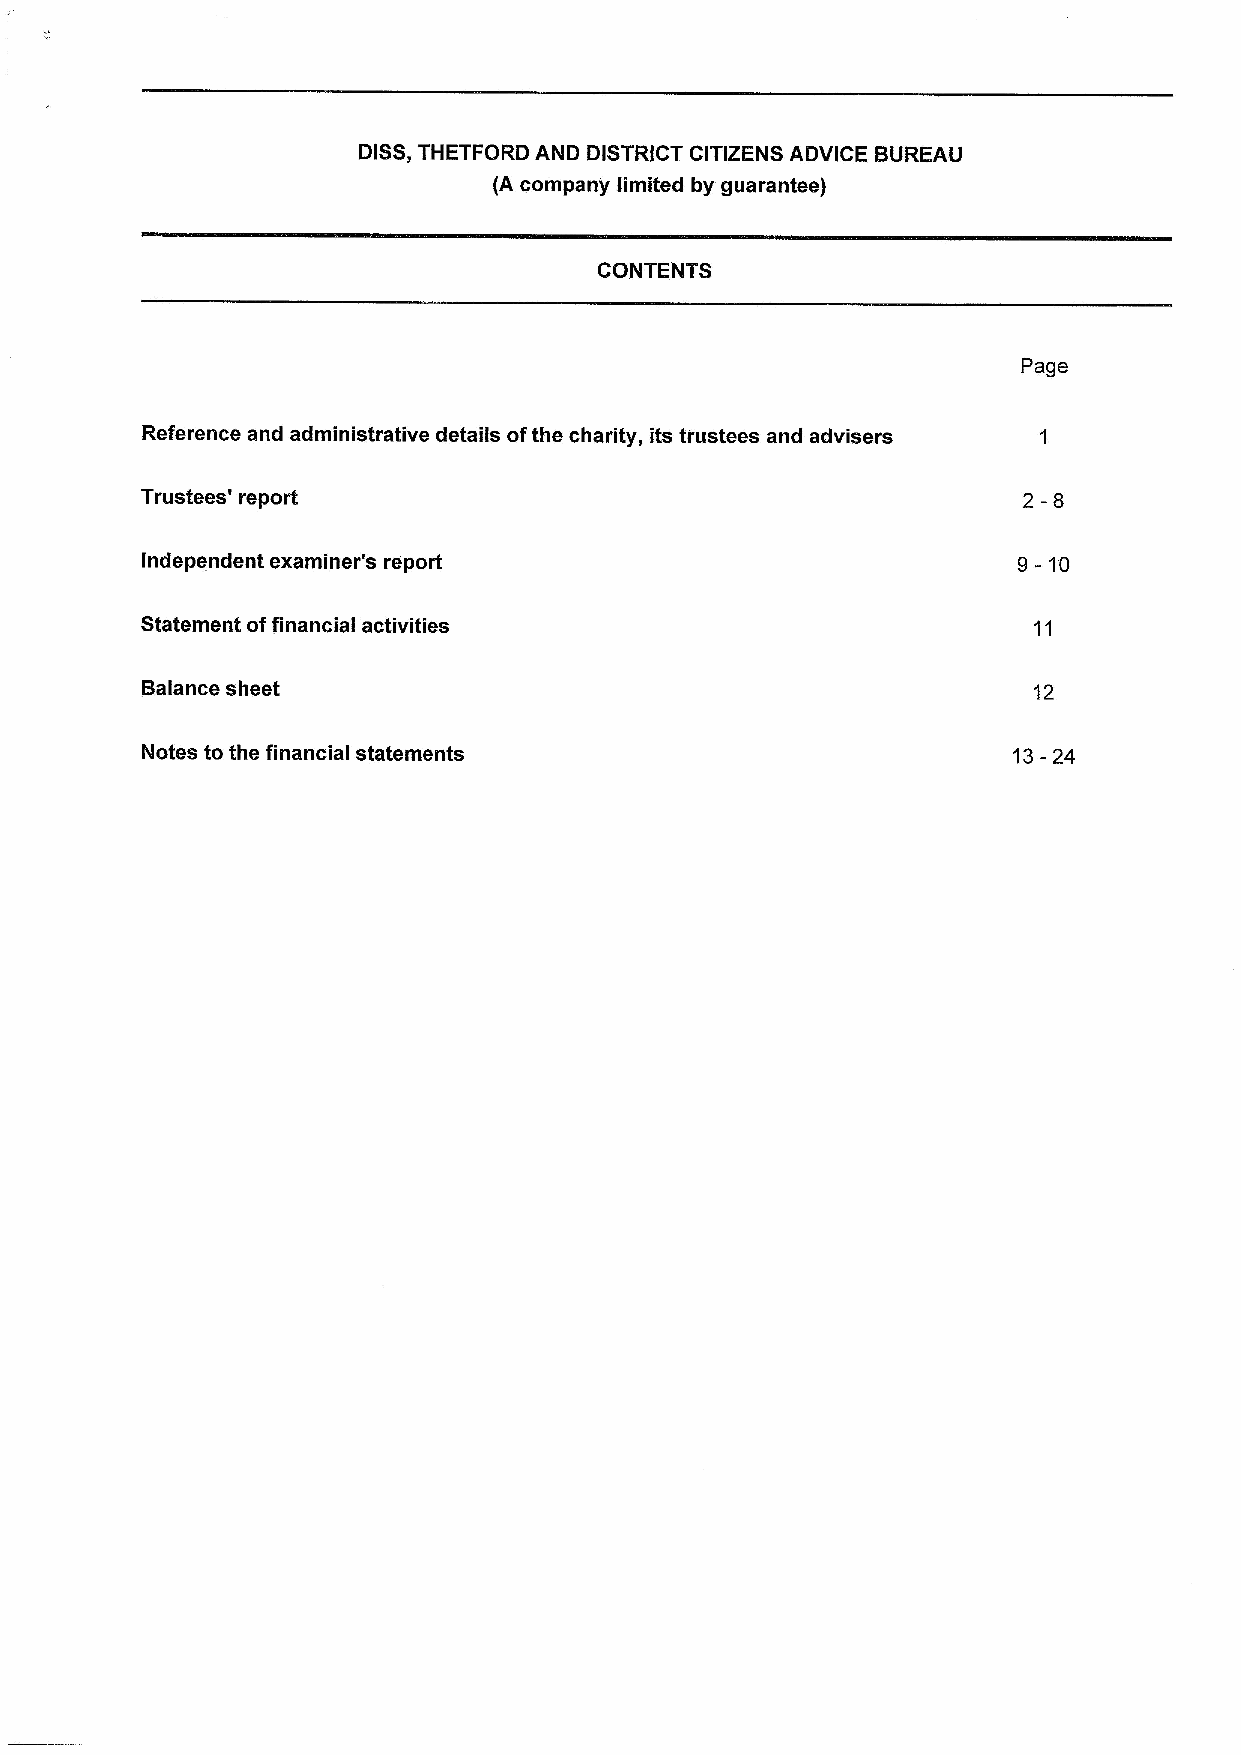
DISS,THETFORD AND DISTRICT CITIZENS ADVICE BUREAU
 {Acompany limited by guarantee)
 CONTENTS
 Page
 Reference and administrative details ofthe charity, its trustees and advisers
 Trustees' report                                           2-8
 Independent examiner's report                             9-10
 Statement offinancial activities
 Balance sheet                                              12
 Notes to the financial statements                         13-24